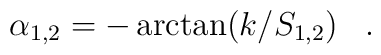
\alpha_{1,2}=-\arctan (k/S_{1,2}) \, \ \ .